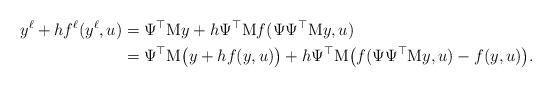
LaTeX: \begin{align*}y^\ell+hf^\ell(y^\ell,u)&=\Psi^\top \mathrm My+h\Psi^\top\mathrm Mf(\Psi\Psi^\top\mathrm My,u)\\&=\Psi^\top \mathrm M\big(y+hf(y,u)\big)+h\Psi^\top\mathrm M\big(f(\Psi\Psi^\top\mathrm M y,u)-f(y,u)\big).\end{align*}